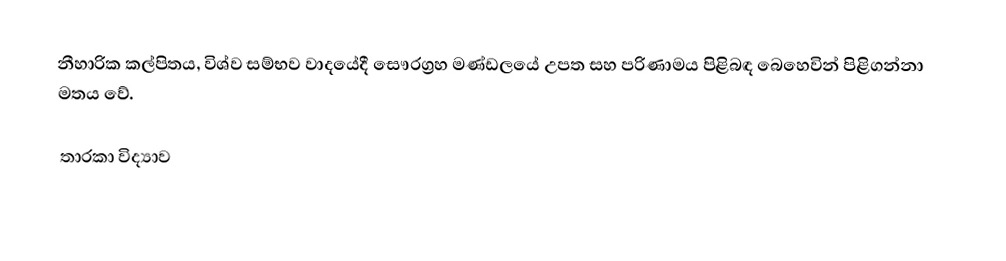
නීහාරික කල්පිතය, විශ්ව සම්භව වාදයේදී සෞරග්‍රහ මණ්ඩලයේ උපත සහ පරිණාමය පිළිබඳ බෙහෙවින් පිළිගන්නා මතය වේ.

තාරකා විද්‍යාව